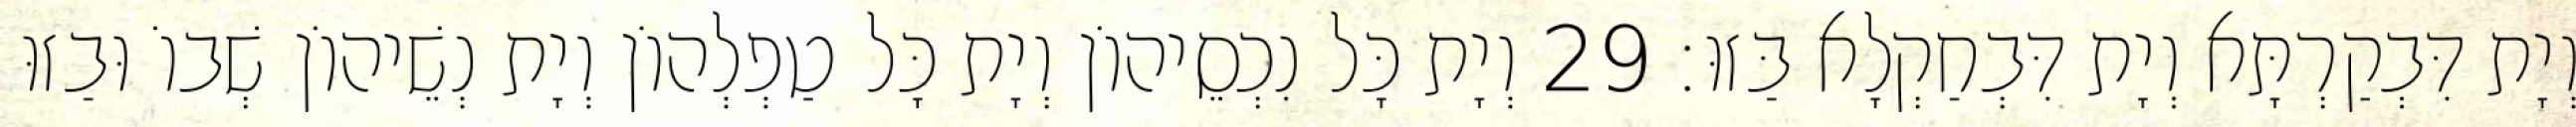
וְיָת דִּבְקַרְתָּא וְיָת דִּבְחַקְלָא בַּזוּ׃ 29 וְיָת כָּל נִכְסֵיהוֹן וְיָת כָּל טַפְלְהוֹן וְיָת נְשֵׁיהוֹן שְׁבוֹ וּבַזוּ